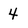
Character: 4